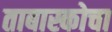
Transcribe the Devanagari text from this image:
ताबास्कोचा